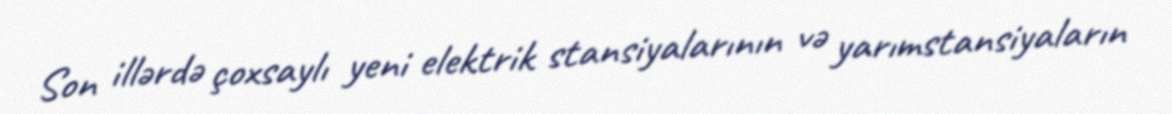
Son illərdə çoxsaylı yeni elektrik stansiyalarının və yarımstansiyaların